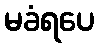
မခံရပေ